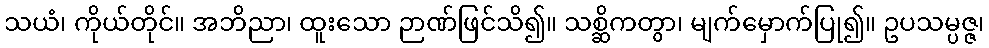
သယံ၊ ကိုယ်တိုင်။ အဘိညာ၊ ထူးသော ဉာဏ်ဖြင်သိ၍။ သစ္ဆိကတွာ၊ မျက်မှောက်ပြု၍။ ဥပသမ္ပဇ္ဇ၊